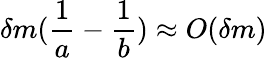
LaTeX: \delta m(\frac{1}{a}-\frac{1}{b})\approx O(\delta m)